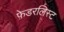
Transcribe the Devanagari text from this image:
फ़ेडरलिस्ट